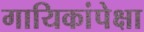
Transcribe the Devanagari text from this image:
गायिकांपेक्षा